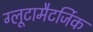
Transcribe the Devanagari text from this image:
ग्लूटामैटर्जिक